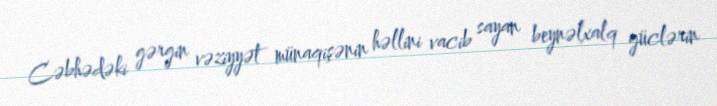
Cəbhədəki gərgin vəziyyət münaqişənin həllini vacib sayan beynəlxalq güclərin